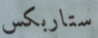
ستاربكس